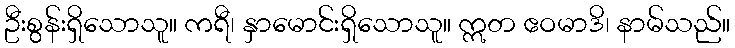
ဦးစွန်းရှိသောသူ။ ကရီ၊ နှာမောင်းရှိသောသူ။ ဣတ ဧဝမာဒိ၊ နာမ်သည်။